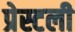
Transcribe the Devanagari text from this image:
प्रेस्टली